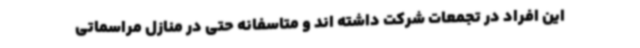
این افراد در تجمعات شرکت داشته اند و متاسفانه حتی در منازل مراسماتی